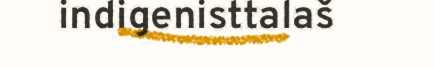
indigenisttalaš